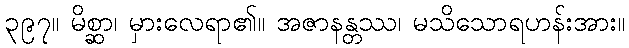
၃၉၇။ မိစ္ဆာ၊ မှားလေရာ၏။ အဇာနန္တဿ၊ မသိသောရဟန်းအား။